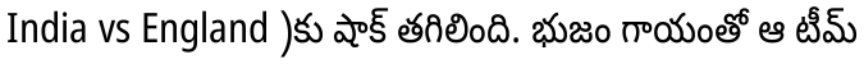
India vs England )కు షాక్ తగిలింది. భుజం గాయంతో ఆ టీమ్